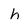
Character: h